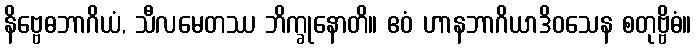
နိဗ္ဗေဓဘာဂိယံ, သီလမေတဿ ဘိက္ခုနောတိ။ ဧဝံ ဟာနဘာဂိယာဒိဝသေန စတုဗ္ဗိဓံ။